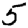
Digit: 5